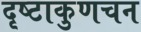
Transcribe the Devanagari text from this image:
दृष्टाकुणचन